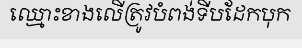
ឈ្មោះខាងលើត្រូវបំពង់ទីបដែកបុក